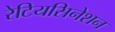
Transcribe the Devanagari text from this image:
रेटियसिनेशन